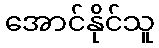
အောင်နိုင်သူ